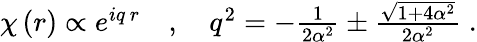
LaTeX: \begin{array}{r}{\chi\left(r\right)\propto e^{iq\, r}\quad,\quad q^{2}=-\frac{1}{2\alpha^{2}}\pm\frac{\sqrt{1+4\alpha^{2}}}{2\alpha^{2}}\; .}\end{array}